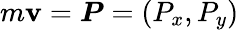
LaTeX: m\boldsymbol{\mathbf{v}}=\boldsymbol{P}=(P_{x},P_{y})